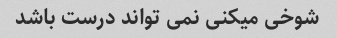
شوخی میکنی نمی تواند درست باشد